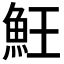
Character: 𩵭